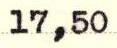
17,50